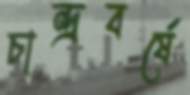
চান্দ্রবর্ষে